Bréfritari: Sigríður Pálsdóttir
Viðtakandi: Páll Pálsson
Dagsetning: A-1870-08-10
Skrifað á: Breiðabólsstað  Rang.
Páll var bróðir Sigríðar

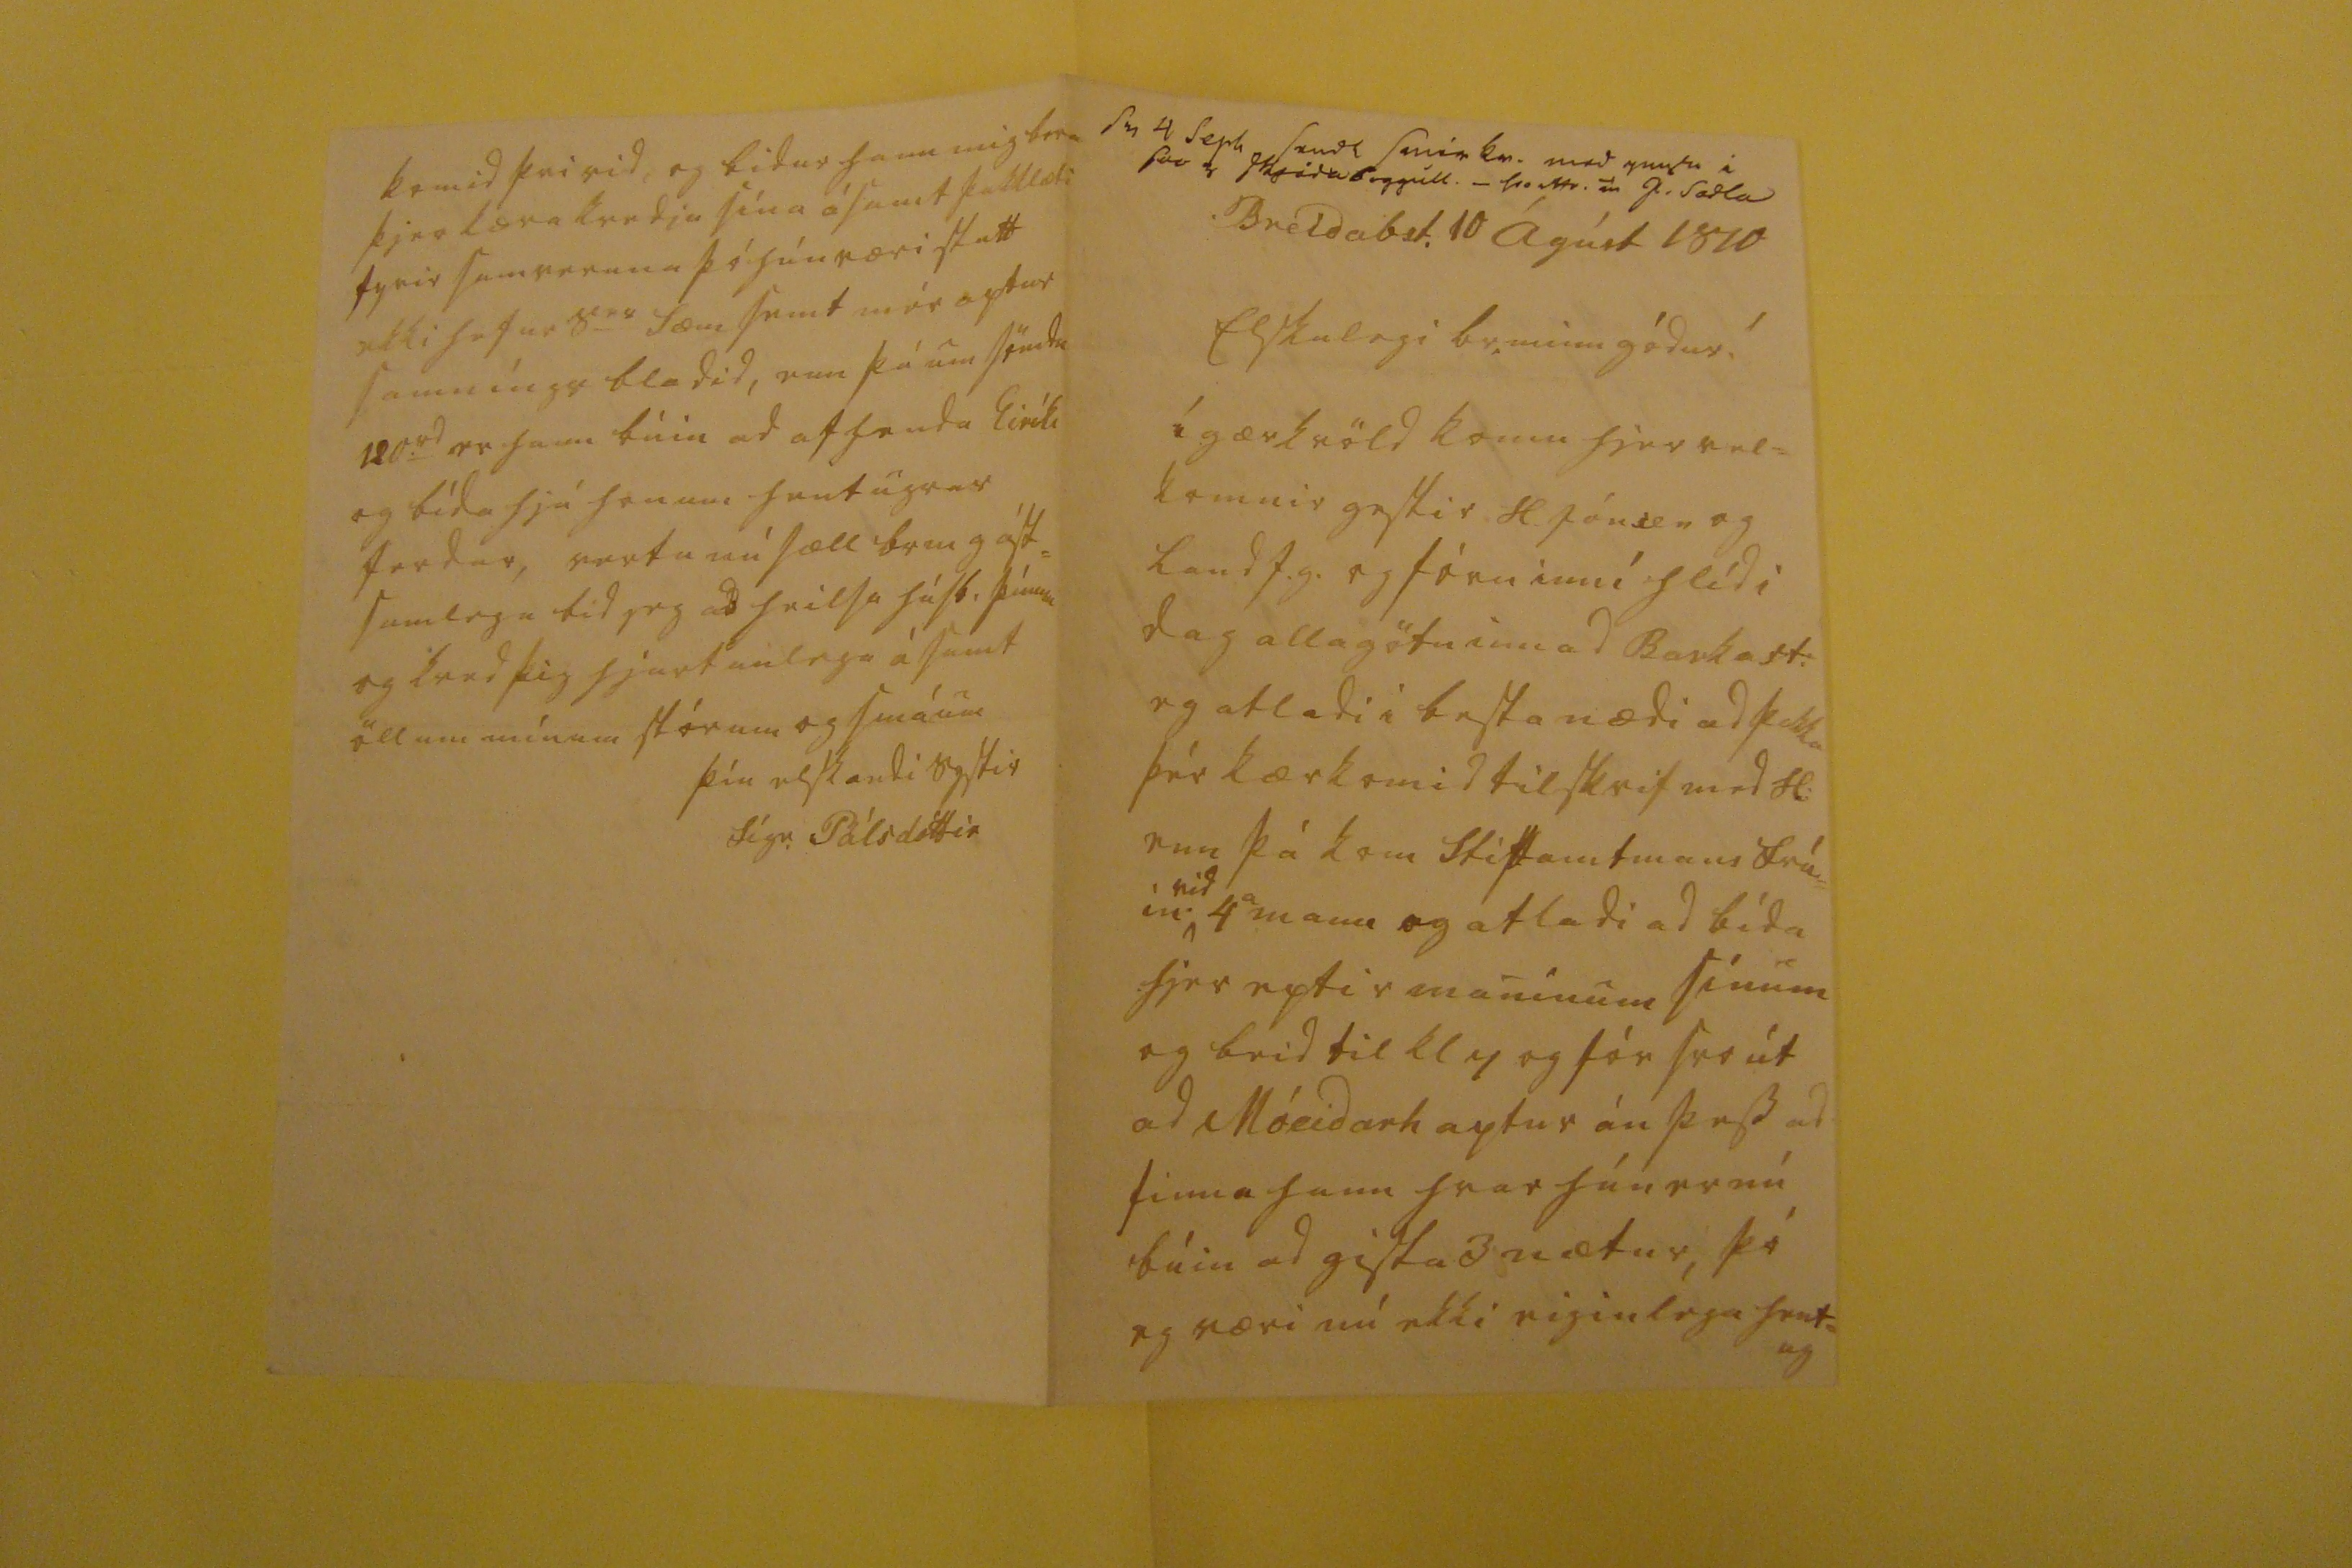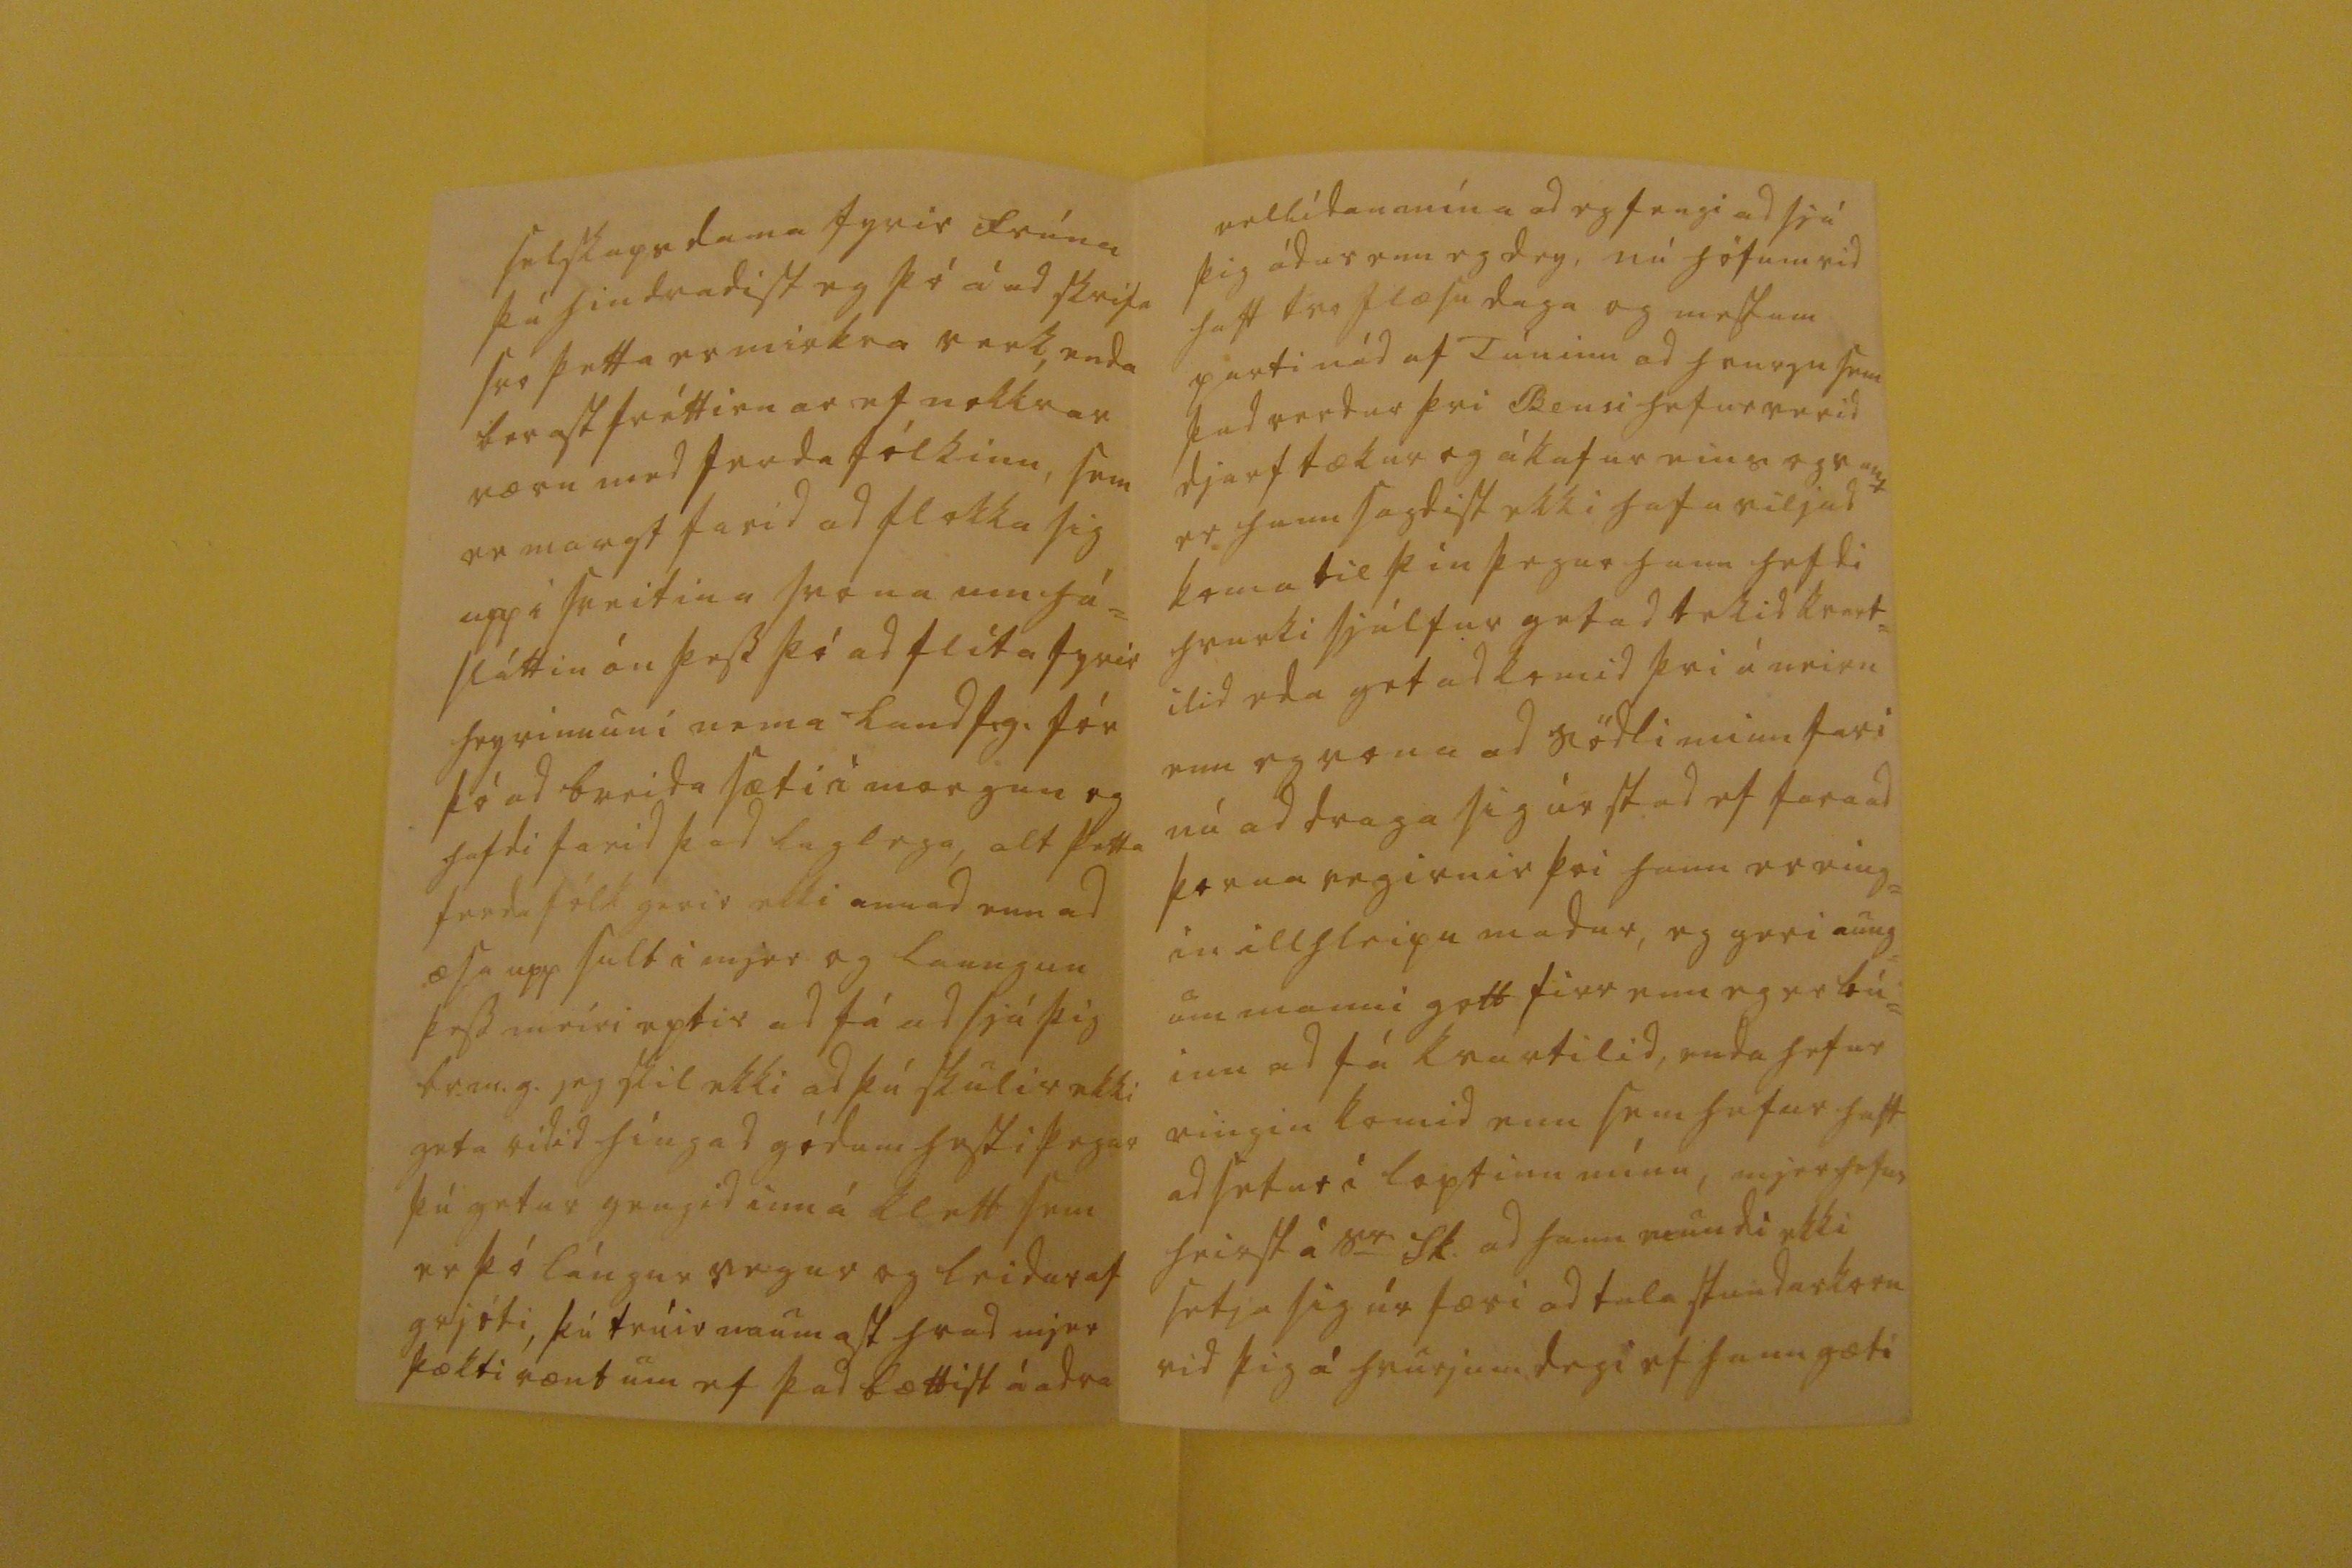

sv 4 Sept sendt smér kv. med mysu i sva 0 skridaboggull. _ 00o 00r J. Sodla
Breidab.st. 10 Ágúst 1870
Elskulegi br. minn gódur!
í gærkvöld komu hjer vel= komnir gestir H. Jónsen og Land f.g. og fóru inní hlíd i dag allagötu inn ad Barkast: eg atladi i besta nædi ad þakka þér kærkomid tilskrif med H: enn þá kom stiptamtsmans frú= in
vid
4
a
mann og atladi ad bída hjer eptir maninum sínum og beid til kl 7 og fór svo út ad Móeidarh aptur án þess ad finna hann hvar hún er nú búin ad gista 3 nætur, þó eg væri nú ekki eiginlega hent= ug
selskapsdama fyrir frúna þá hindradist eg þó á ad skrifa svo þetta er mirkra verk, enda berast fréttirnar ef nokkrar væru med ferda fólkinu, sem er margt farid ad flokka sig upp i sveitina svona um há= sláttin án þess þó ad flíta fyrir heyvinnuni nema Landf.g. fór þó ad breida sæti i morgun og hafdi farid þad laglega, alt þetta ferda fólk gerir ekki annad enn ad æsa upp sult i mjer og laungun þess meiri eptir ad fá ad sjá þig br.m.g. jeg skil ekki ad þú skulir ekki geta ridid híngad gódum hesti þegar þú getur gengid inn á klett sem er þó lángur vegur og leidur af grjóti, þú trúir naumast hvad mjer þækti vænt um ef þad bættist á adra
vellídan mína ad eg fengi ad sjá þig ádur enn eg dey, nú höfum vid haft tvo
flæsu
daga og mestum parti nád af Túninu ad hvurgu sem þad verdur þvi Bensi hefur verid djarftækur og ákafur eins og vant er hann sagdist ekki hafa viljad koma til þín þegar hann hefdi hvurki sjálfur getad tekid kvart= ilid eda getad komid þvi á neirn enn eg vona ad Södli minn fari nú ad draga sig úr stad ef fara ad þorna vegirnir þvi hann er eing= in illhleipu madur, eg geri aung= um manni gott firr enn eg er bú= inn ad fá kvartilid, enda hefur eingin komid enn sem hefur haft adsetur i loptinu mínu, mjer hefur heirst á S
r
Sk. ad hann mundi ekki setja sig úr færi ad tala stundarkorn vid þig á hvurjum degi ef hann gæti
komid þvi vid, og bidur hann mig bera þjer kæra kvedju sína ásamt þakklæti fyrir samveruna þó hún væri stutt ekki hefur S
er
Sæm semt mér aptur samníngs bladid, enn þá um sömdu 120
rd
er hann búin ad afhenda Eiríki og bída hjá honum hentugrar ferdar, vertu nú sæll br m g ást= samlega bid jeg ad heilsa húsb. þínum og kved þig hjartanlega ásamt öllum mínum stórum og smáum
þín elskandi systir
Sigr. Pálsdóttir